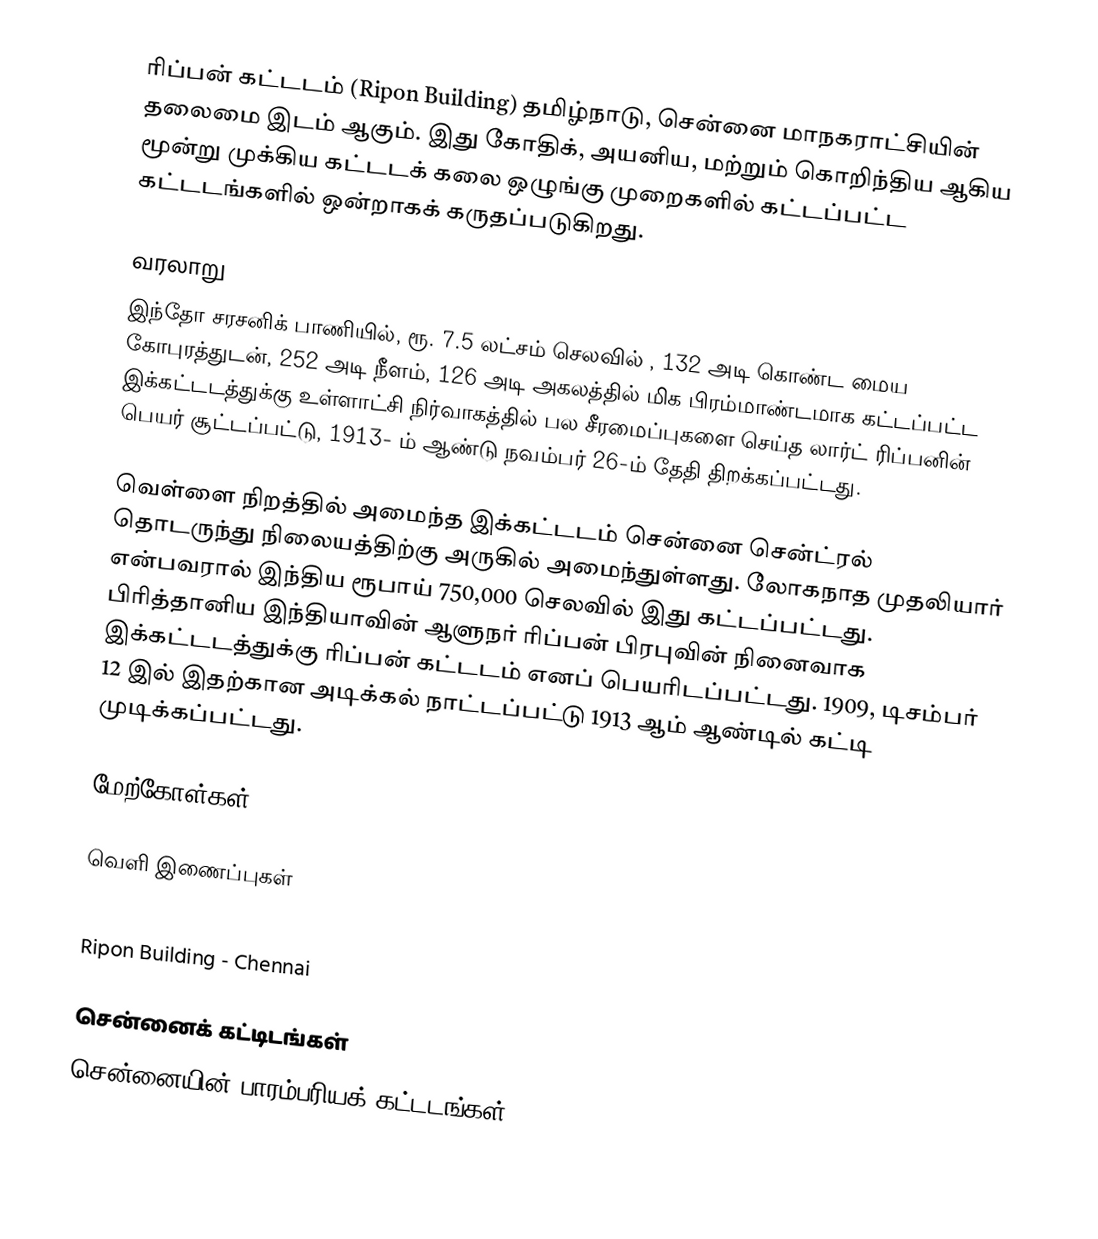
ரிப்பன் கட்டடம் (Ripon Building) தமிழ்நாடு, சென்னை மாநகராட்சியின் தலைமை இடம் ஆகும். இது கோதிக், அயனிய, மற்றும் கொறிந்திய ஆகிய மூன்று முக்கிய கட்டடக் கலை ஒழுங்கு முறைகளில் கட்டப்பட்ட கட்டடங்களில் ஒன்றாகக் கருதப்படுகிறது.

வரலாறு
இந்தோ சரசனிக் பாணியில், ரூ. 7.5 லட்சம் செலவில் , 132 அடி கொண்ட மைய கோபுரத்துடன், 252 அடி நீளம், 126 அடி அகலத்தில் மிக பிரம்மாண்டமாக கட்டப்பட்ட இக்கட்டடத்துக்கு உள்ளாட்சி நிர்வாகத்தில் பல சீரமைப்புகளை செய்த லார்ட் ரிப்பனின் பெயர் சூட்டப்பட்டு, 1913- ம் ஆண்டு நவம்பர் 26-ம் தேதி திறக்கப்பட்டது.

வெள்ளை நிறத்தில் அமைந்த இக்கட்டடம் சென்னை சென்ட்ரல் தொடருந்து நிலையத்திற்கு அருகில் அமைந்துள்ளது. லோகநாத முதலியார் என்பவரால் இந்திய ரூபாய் 750,000 செலவில் இது கட்டப்பட்டது. பிரித்தானிய இந்தியாவின் ஆளுநர் ரிப்பன் பிரபுவின் நினைவாக இக்கட்டடத்துக்கு ரிப்பன் கட்டடம் எனப் பெயரிடப்பட்டது. 1909, டிசம்பர் 12 இல் இதற்கான அடிக்கல் நாட்டப்பட்டு 1913 ஆம் ஆண்டில் கட்டி முடிக்கப்பட்டது.

மேற்கோள்கள்

வெளி இணைப்புகள்
 The Fist Corporation - The Hindu, Apr 02, 2003
 Ripon Building - Chennai

சென்னைக் கட்டிடங்கள்
சென்னையின் பாரம்பரியக் கட்டடங்கள்